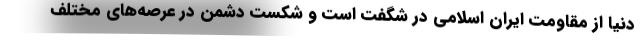
دنیا از مقاومت ایران اسلامی در شگفت است و شکست دشمن در عرصه‌های مختلف